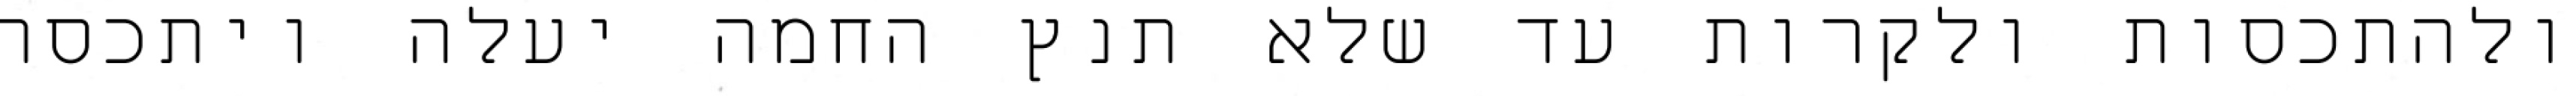
ולהתכסות ולקרות עד שלא תנץ החמה יעלה ויתכסה